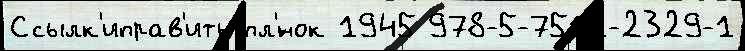
Ссылк'иправ'ить пл'́нок 1945 978-5-7511-2329-1